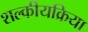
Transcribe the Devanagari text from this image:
शल्कीयक्रिया